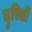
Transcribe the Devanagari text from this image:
दुरितों